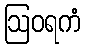
ဩဝရကံ